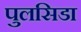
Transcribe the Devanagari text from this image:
पुलसिडा